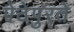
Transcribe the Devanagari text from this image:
पेठेपुरते